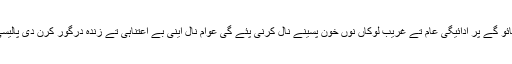
تسیں تے چلے جائو گے پر ادائیگی عام تے غریب لوکاں نوں خون پسینے نال کرنی پئے گی عوام نال اینی بے اعتناہی تے زندہ درگور کرن دی پالیسی چنگی گل نہیں۔